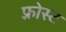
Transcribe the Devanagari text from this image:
फ़्रोस्ट